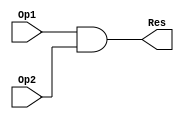
`timescale 1ns / 1ps
/*
-------------------------------------------------------------------------------
-- $Id: util_vector_logic.v 2.0 2017/01/01 
-------------------------------------------------------------------------------
--
--  ***************************************************************************
--  **  Copyright(C) 2017 by Xilinx, Inc. All rights reserved.               **
--  **                                                                       **
--  **  This text contains proprietary, confidential                         **
--  **  information of Xilinx, Inc. , is distributed by                      **
--  **  under license from Xilinx, Inc., and may be used,                    **
--  **  copied and/or disclosed only pursuant to the terms                   **
--  **  of a valid license agreement with Xilinx, Inc.                       **
--  **                                                                       **
--  **  Unmodified source code is guaranteed to place and route,             **
--  **  function and run at speed according to the datasheet                 **
--  **  specification. Source code is provided "as-is", with no              **
--  **  obligation on the part of Xilinx to provide support.                 **
--  **                                                                       **
--  **  Xilinx Hotline support of source code IP shall only include          **
--  **  standard level Xilinx Hotline support, and will only address         **
--  **  issues and questions related to the standard released Netlist        **
--  **  version of the core (and thus indirectly, the original core source). **
--  **                                                                       **
--  **  The Xilinx Support Hotline does not have access to source            **
--  **  code and therefore cannot answer specific questions related          **
--  **  to source HDL. The Xilinx Support Hotline will only be able          **
--  **  to confirm the problem in the Netlist version of the core.           **
--  **                                                                       **
--  **  This copyright and support notice must be retained as part           **
--  **  of this text at all times.                                           **
--  ***************************************************************************
--
-------------------------------------------------------------------------------
-- Filename:        util_vector_logic.v
--
-- Description: 
--                  
-- Verilog-Standard:
-------------------------------------------------------------------------------
*/


module util_vector_logic_v2_0_1_util_vector_logic ( Op1, Op2, Res);
 
parameter         C_OPERATION = "and";
parameter integer C_SIZE = 8;

input  [C_SIZE - 1:0] Op1; 
input  [C_SIZE - 1:0] Op2; 
output [C_SIZE - 1:0] Res; 

//wire   [C_SIZE - 1:0] Res; 
//parameter C_Oper = C_OPERATION; 

generate if (C_OPERATION == "and") begin: GEN_AND_OP
    assign Res = Op1 & Op2; 
end
endgenerate

generate if (C_OPERATION == "or")  begin: GEN_OR_OP
   assign Res = Op1 | Op2; 
end
endgenerate

generate if (C_OPERATION == "xor") begin: GEN_XOR_OP
    assign Res = Op1 ^ Op2; 
end
endgenerate

generate if (C_OPERATION == "not") begin: GEN_NOT_OP
    assign Res = ~Op1; 
end
endgenerate

endmodule // module util_vector_logic